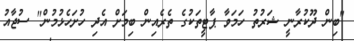
"ބިން ދޫކުރާނީ ޝަރުތު ހަމަވާ ޕާޓީތަކުގެ ތެރެއިން ބިމަށް އެދި ހުށަހެޅުމުން" ސުޖާއު